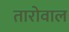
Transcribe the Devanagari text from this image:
तारोवाल